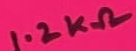
Text: 1.2KΩ